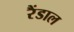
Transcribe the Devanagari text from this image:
रैंडाल